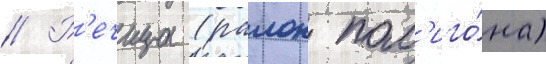
// Р'ечица (раион пол'иго́на)